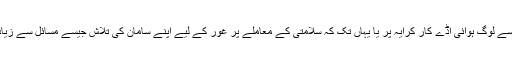
بہر حال، بہت سے لوگ ہوائی اڈے کار کرایہ پر یا یہاں تک کہ سلامتی کے معاملے پر غور کے لیے اپنے سامان کی تلاش جیسے مسائل سے زیادہ فکر مند ہیں ۔